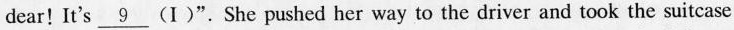
dear!It's\underline{9} (I)". She pushed her way to the driver and took the suitcase